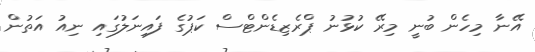
އޭނާ މިހެން ބުނީ މިރޭ ކުޅުނު ޕްރެޒިޑެންޓްސް ކަޕުގެ ފައިނަލުގައި ނިއު އަތުން